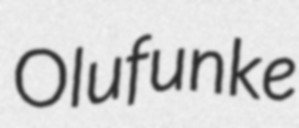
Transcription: Olufunke